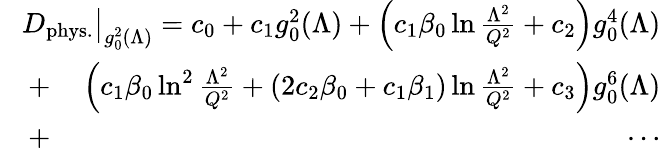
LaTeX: \begin{array}{rlr}&{}&{\! \! \! \! \! \! \! \! \! \! \! \! D_{\mathrm{phys.}}\big|_{g_{0}^{2}(\Lambda)}=c_{0}+c_{1}g_{0}^{2}(\Lambda)+\left(c_{1}\beta_{0}\ln{\frac{\Lambda^{2}}{Q^{2}}}+c_{2}\right)g_{0}^{4}(\Lambda)}\\ &{+}&{\left(c_{1}\beta_{0}\ln^{2}{\frac{\Lambda^{2}}{Q^{2}}}+(2c_{2}\beta_{0}+c_{1}\beta_{1})\ln{\frac{\Lambda^{2}}{Q^{2}}}+c_{3}\right)g_{0}^{6}(\Lambda)}\\ &{+}&{\cdots}\end{array}